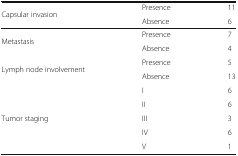
<table><thead><tr><td rowspan="2"><b>Capsular invasion</b></td><td><b>Presence</b></td><td><b>11</b></td></tr><tr><td><b>Absence</b></td><td><b>6</b></td></tr></thead><tbody><tr><td rowspan="2">Metastasis</td><td>Presence</td><td>7</td></tr><tr><td>Absence</td><td>4</td></tr><tr><td rowspan="2">Lymph node involvement</td><td>Presence</td><td>5</td></tr><tr><td>Absence</td><td>13</td></tr><tr><td rowspan="5">Tumor staging</td><td>I</td><td>6</td></tr><tr><td>II</td><td>6</td></tr><tr><td>III</td><td>3</td></tr><tr><td>IV</td><td>6</td></tr><tr><td>V</td><td>1</td></tr></tbody></table>